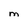
Character: M